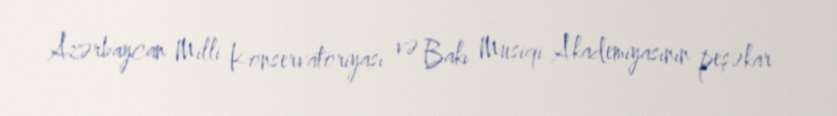
Azərbaycan Milli Konservatoriyası və Bakı Musiqi Akademiyasının peşəkar